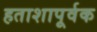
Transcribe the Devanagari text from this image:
हताशापूर्वक